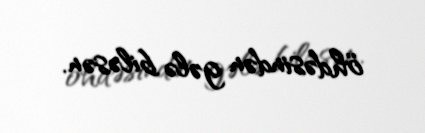
öhdəsindən gələ biləsən.